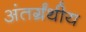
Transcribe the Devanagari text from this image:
अंतर्ग्रंथीय